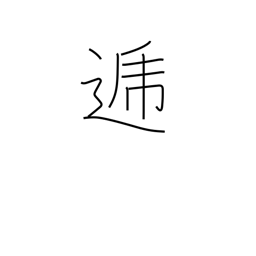
Meaning: in turn